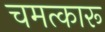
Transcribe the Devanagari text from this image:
चमत्कारू